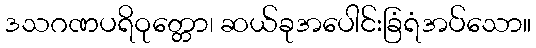
ဒသဂဏပရိဝုတ္တော၊ ဆယ်ခုအပေါင်းခြံရံအပ်သော။